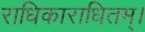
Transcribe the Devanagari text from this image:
राधिकाराधितम्।